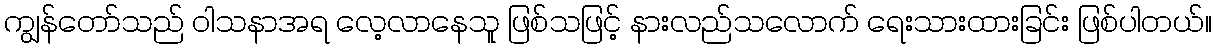
ကျွန်တော်သည် ဝါသနာအရ လေ့လာနေသူ ဖြစ်သဖြင့် နားလည်သလောက် ရေးသားထားခြင်း ဖြစ်ပါတယ်။